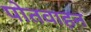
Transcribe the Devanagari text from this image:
पोतवाहन